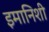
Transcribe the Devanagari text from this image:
इमानिशी